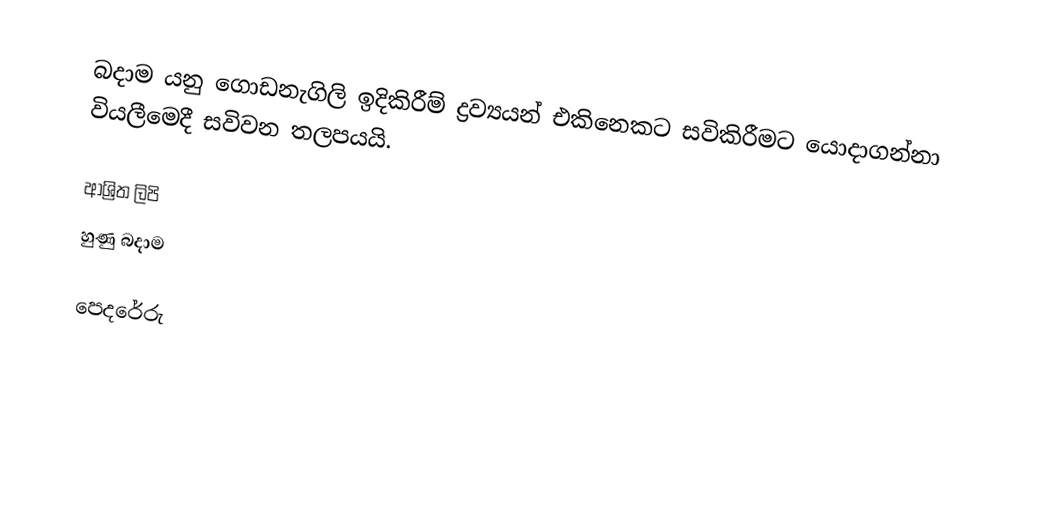
බදාම යනු ගොඩනැගිලි ඉදිකිරීම් ද්‍රව්‍යයන් එකිනෙකට සවිකිරීමට යොදාගන්නා වියලීමෙදී සවිවන තලපයයි.

ආශ්‍රිත ලිපි
 හුණු බදාම

පෙදරේරු